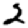
Digit: 2